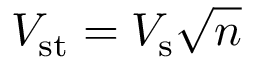
V _ { \mathrm { s t } } = V _ { \mathrm { s } } { \sqrt { n } }